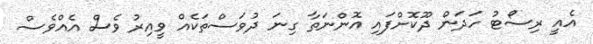
އެއީ ރިސޯޓު ހަދަން ދޫކޮށްފައި އޮންނަތާ ގިނަ ދުވަސްތަކެއް ވީއިރު ވެސް އެއްވެސް